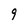
Character: 9